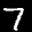
Label: 7